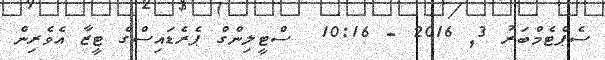
ސެޕްޓެމްބަރު 3